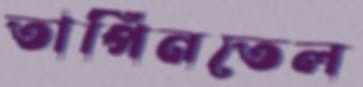
তার্পিনতেল